Civil Veterinary Dept. Bombay admin report 1932-41 - 1932-1941
Year: 1932
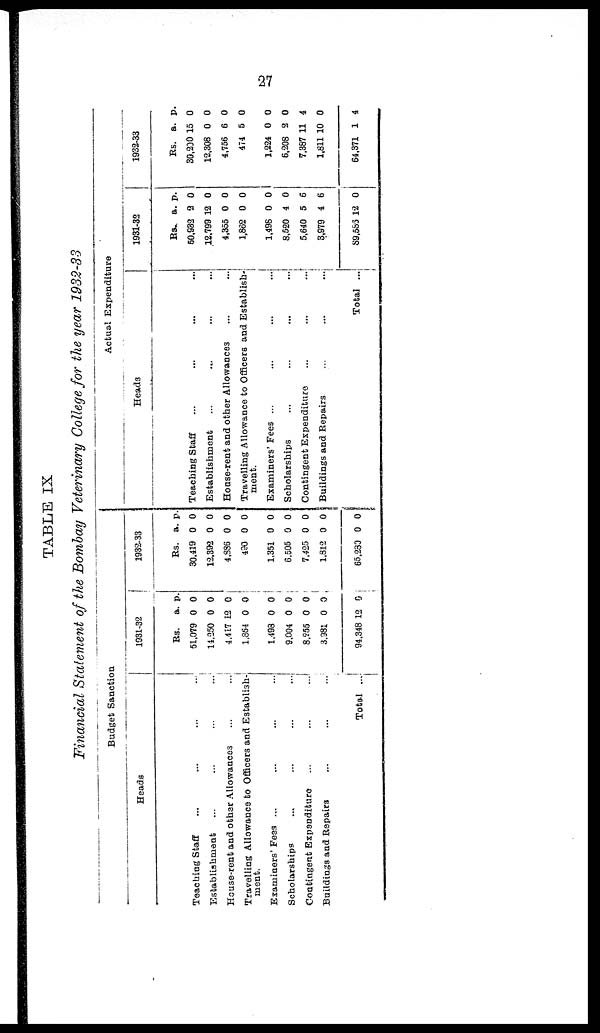
27
TABLE IX
Financial Statement of the Bombay Veterinary College for the year 1932-33
Budget Sanction
Heads
Teaching Staff ... ... ... ...
Establishment ... ... ... ...
House-rent and other Allowances ... ...
Travelling Allowance to Officers and Establish-
ment.
Examiners' Fees ... ... ... ...
Scholarships … … … …
Contingent Expenditure ... ... ...
Buildings and Repairs ... ... ...
Total ...
1931-32
Rs.
51,079
14,250
4,417
1,864
1,493
9,004
8,255
3,981
94,348
a.
0
0
12
0
0
0
0
0
12
p.
0
0
0
0
0
0
0
0
0
1932-33
Rs.
30,419
12,392
4,886
490
1,351
6,505
7,425
1,812
65,280
a.
0
0
0
0
0
0
0
0
0
p.
0
0
0
0
0
0
0
0
0
Actual Expenditure
Heads
Teaching Staff … …
Establishment … …
House-rent and other Allowances ... ... ...
Travelling Allowance to Officers and Establish-
ment.
Examiners' Fees ... … … …
Scholarships … … … …
Contingent Expenditure … … …
Buildings and Repairs ... ... ...
Total ...
1931-32
Rs.
50,932
12,799
4,355
1,862
1,498
8,520
5,640
3,979
89,583
a.
2
12
0
0
0
4
5
4
12
p.
0
0
0
0
0
0
6
6
0
1932-33
Rs.
30,200
12,308
4,756
474
1,224
6,208
7,387
1,811
64,371
a.
15
0
6
5
0
2
11
10
1
p.
0
0
0
0
0
0
4
0
4